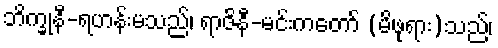
ဘိက္ခုနီ-ရဟန်းမသည်၊ ရာဇိနီ-မင်းကတော် (မိဖုရား)သည်၊